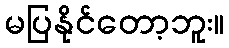
မပြနိုင်တော့ဘူး။